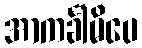
အာကင်္ခါမိပေ